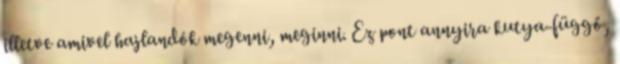
illetve amivel hajlandók megenni, meginni. Ez pont annyira kutya-függő,